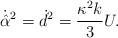
LaTeX: \begin{align*}\dot{\hat{\alpha}}^2 = \dot{d}^2 = \frac{\kappa^2 k}{3} U.\end{align*}